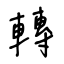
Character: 轉